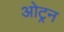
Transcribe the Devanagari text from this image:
ओट्रन